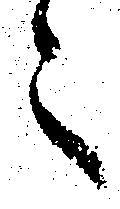
之